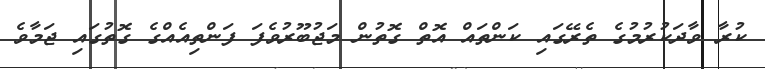
ކުރާ ވާދަކުރުމުގެ ތެރޭގައި ކަންތައް އޮތް ގޮތުން މަޖުބޫރުވެފަ ފަންތިއެއްގެ ގޮތުގައި ޖަމާވެ